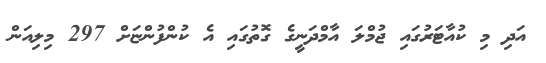
އަދި މި ކުއާޓަރުގައި ޖުމްލަ އާމްދަނީގެ ގޮތުގައި އެ ކުންފުންޏަށް 297 މިލިއަން